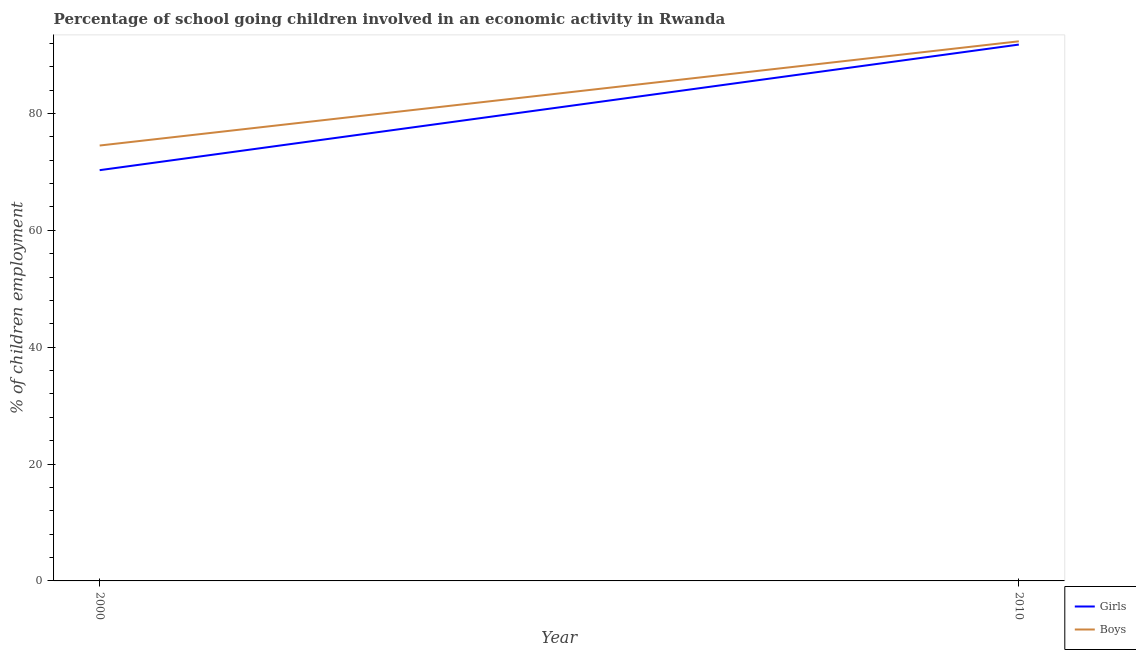
| Year | Girls | Boys |
 | --- | --- | --- |
 | 2000 | 70.3 | 74.5 |
 | 2010 | 91.8 | 92.3 |